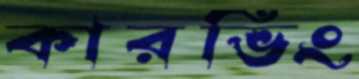
কারভিং